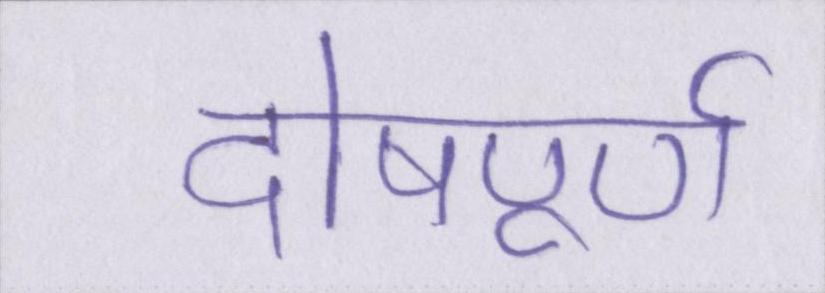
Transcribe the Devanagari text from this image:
दोषपूर्ण